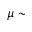
\mu \sim